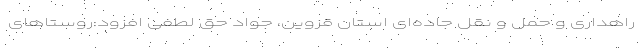
راهداری و حمل و نقل جاده‌ای استان قزوین، جواد حق لطفی افزود:روستاهای